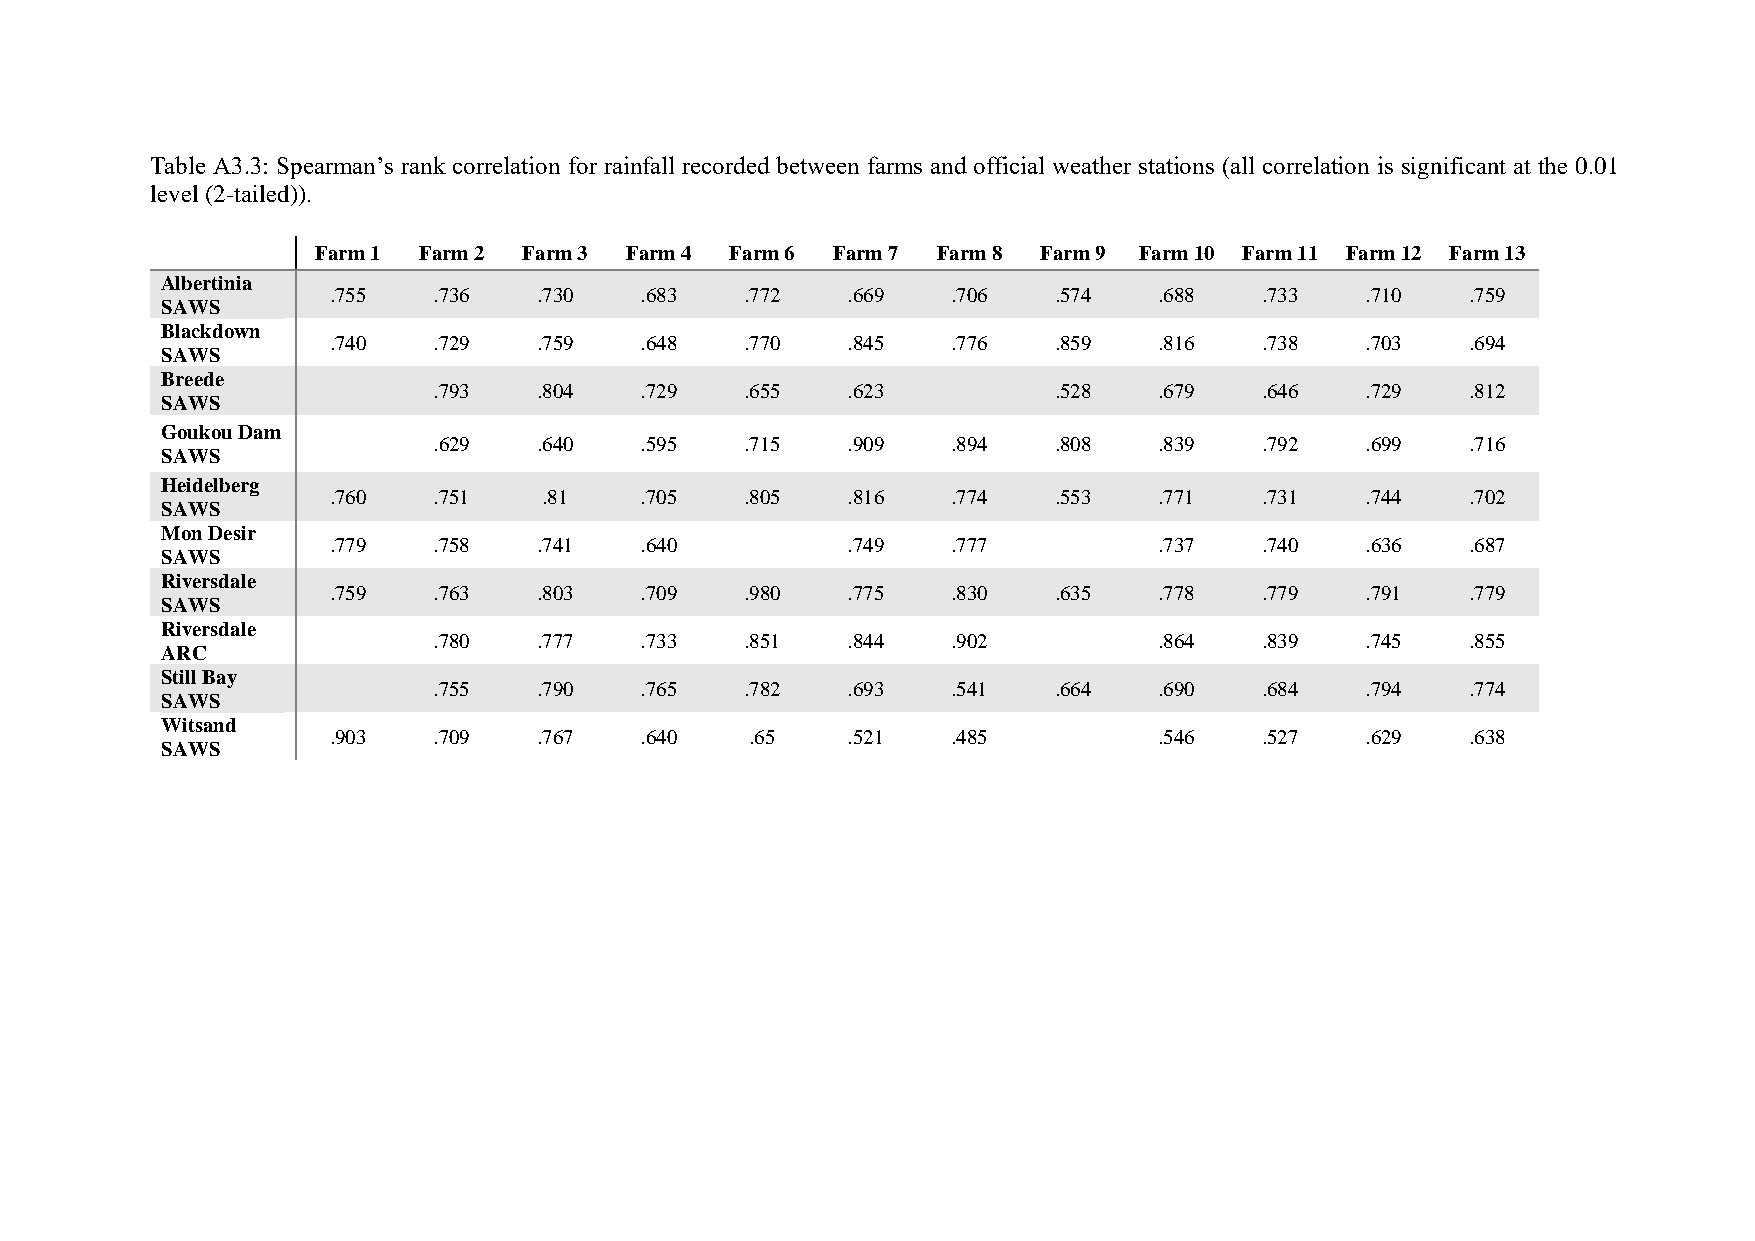
Table A3.3: Spearman’s rank correlation for rainfall recorded between farms and official weather stations (all correlation is significant at the 0.01
 level (2-tailed)).
 Farm 1 Farm 2 Farm 3 Farm 4 Farm 6 Farm 7 Farm 8 Farm 9 Farm 10 Farm 11 Farm 12 Farm 13
 Albertinia
 .755   .736   .730  .683   .772   .669   .706   .574   .688  .733   .710   .759
 SAWS
 Blackdown
 .740   .729   .759  .648   .770   .845   .776   .859   .816  .738   .703   .694
 SAWS
 Breede
 .793   .804  .729   .655   .623          .528   .679  .646   .729   .812
 SAWS
 Goukou Dam
 .629   .640  .595   .715   .909   .894   .808   .839  .792   .699   .716
 SAWS
 Heidelberg
 .760   .751   .81   .705   .805   .816   .774   .553   .771  .731   .744   .702
 SAWS
 Mon Desir
 .779   .758   .741  .640          .749   .777          .737  .740   .636   .687
 SAWS
 Riversdale
 .759   .763   .803  .709   .980   .775   .830   .635   .778  .779   .791   .779
 SAWS
 Riversdale
 .780   .777  .733   .851   .844   .902          .864  .839   .745   .855
 ARC
 Still Bay
 .755   .790  .765   .782   .693   .541   .664   .690  .684   .794   .774
 SAWS
 Witsand
 .903   .709   .767  .640    .65   .521   .485          .546  .527   .629   .638
 SAWS